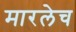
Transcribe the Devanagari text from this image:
मारलेच